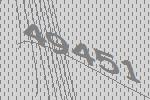
49451